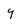
Character: y